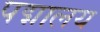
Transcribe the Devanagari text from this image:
पद्मालय